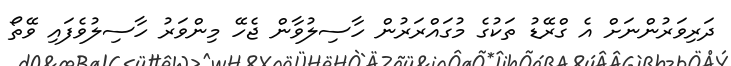
ދަރިވަރުންނަށް އެ ގްރޭޑު ތަކުގެ މުގައްރަރުން ހާސިލުވާން ޖެހޭ މިންވަރު ހާސިލުވެފައި ވޭތޯ